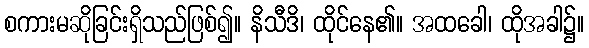
စကားမဆိုခြင်းရှိသည်ဖြစ်၍။ နိသီဒိ၊ ထိုင်နေ၏။ အထခေါ၊ ထိုအခါ၌။